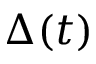
\Delta ( t )